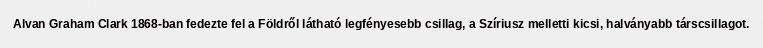
Alvan Graham Clark 1868-ban fedezte fel a Földről látható legfényesebb csillag, a Szíriusz melletti kicsi, halványabb társcsillagot.